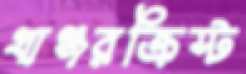
খাঞ্জরক্রিস্ট